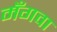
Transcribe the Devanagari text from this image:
मँगवा